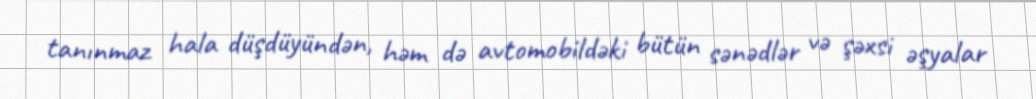
tanınmaz hala düşdüyündən, həm də avtomobildəki bütün sənədlər və şəxsi əşyalar